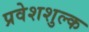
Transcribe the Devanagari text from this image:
प्रवेशशुल्क